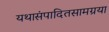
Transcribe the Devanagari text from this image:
यथासंपादितसामग्रया